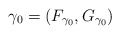
\begin{align*}\gamma_0=(F_{\gamma_0}, G_{\gamma_0})\end{align*}